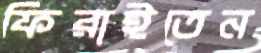
ফিরাইতেন